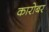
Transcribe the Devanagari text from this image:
कारोबर